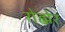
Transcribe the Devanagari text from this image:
रोह्मेर